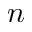
n